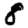
Digit: 8